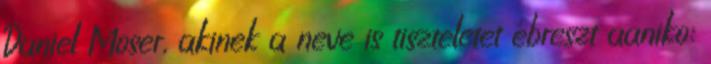
Daniel Moser, akinek a neve is tiszteletet ébreszt aaniko: